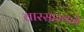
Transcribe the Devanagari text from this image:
वारसास्थळे